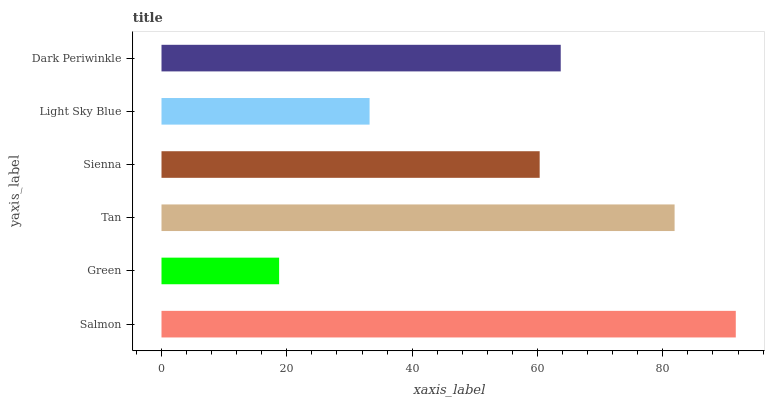
| yaxis_label | bars |
 | --- | --- |
 | Salmon | 91.6 |
 | Green | 18.8 |
 | Tan | 81.9 |
 | Sienna | 60.3 |
 | Light Sky Blue | 33.2 |
 | Dark Periwinkle | 63.7 |